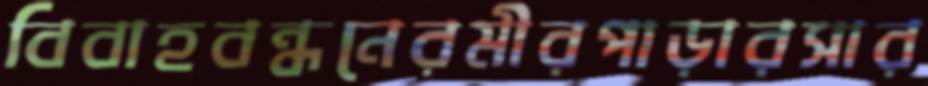
বিবাহবন্ধনেরমীরপাড়ারসার